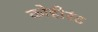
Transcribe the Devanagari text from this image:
कोहीरंट